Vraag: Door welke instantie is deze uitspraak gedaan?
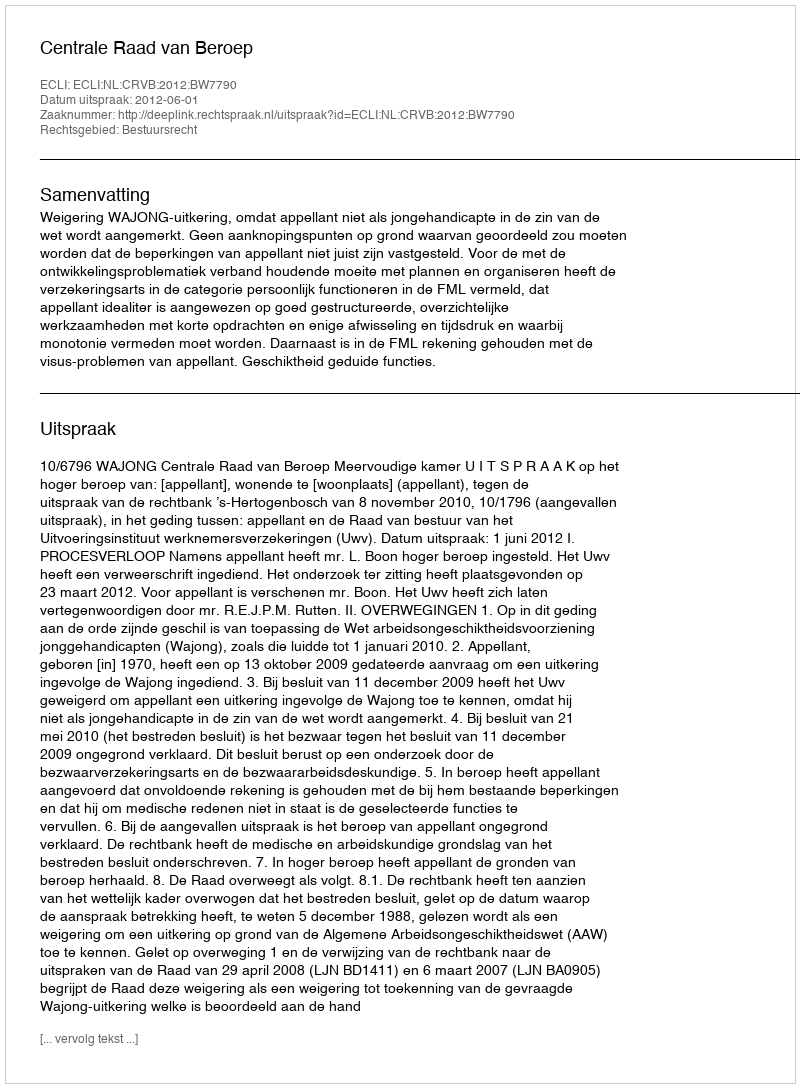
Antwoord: Centrale Raad van Beroep